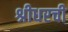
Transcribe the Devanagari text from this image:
श्रीधरची